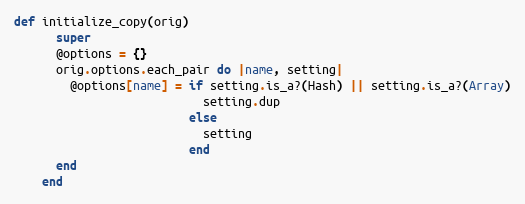
Language: Ruby
def initialize_copy(orig)
      super
      @options = {}
      orig.options.each_pair do |name, setting|
        @options[name] = if setting.is_a?(Hash) || setting.is_a?(Array)
                           setting.dup
                         else
                           setting
                         end
      end
    end